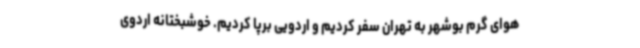
هوای گرم بوشهر به تهران سفر کردیم و اردویی برپا کردیم. خوشبختانه اردوی